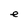
Character: e